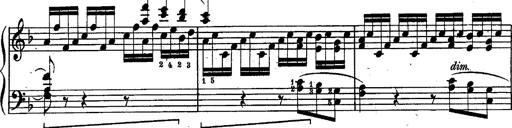
Title: Schubert's Impromptus [revised and edited by Franz Liszt]
Composer: Franz Liszt